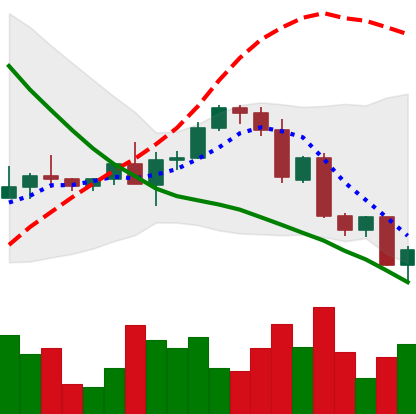
Ticker: ETH-USD
Chart end date: 2022-09-19
Forward return: -4.323%
Label: down_3_5